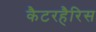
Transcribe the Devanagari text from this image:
कैटरहैरिस